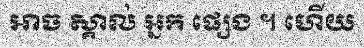
អាច ស្គាល់ អ្នក ផ្សេង ។ ហើយ